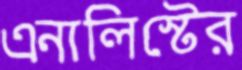
এনালিস্টের